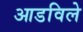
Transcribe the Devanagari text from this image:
आडविले